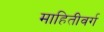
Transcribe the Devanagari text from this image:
माहितीवर्ग